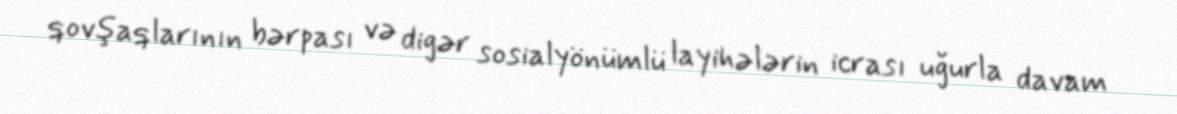
qovşaqlarının bərpası və digər sosialyönümlü layihələrin icrası uğurla davam